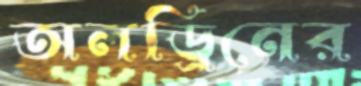
অলড্রিনের